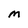
Character: M